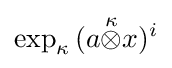
\exp _{\kappa }\,(a{\stackrel {\kappa }{\otimes }}x)^{i}